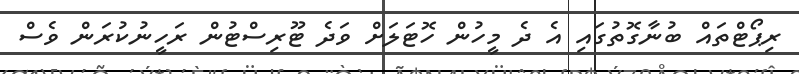
ރިޕޯޓްތައް ބުނާގޮތުގައި އެ ދެ މީހުން ހޮޓަލަށް ވަދެ ޓޫރިސްޓުން ރަހީނުކުރަން ވެސް